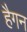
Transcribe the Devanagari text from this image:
हैगन